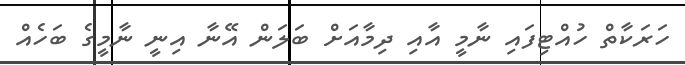
ހަރަކާތް ހުއްޓިފައި ނާމީ އާއި ދިމާއަށް ބަލަން އޭނާ އިނީ ނާމީގެ ބަހެއް